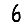
Digit: 6